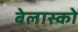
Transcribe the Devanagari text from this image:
बेलास्को